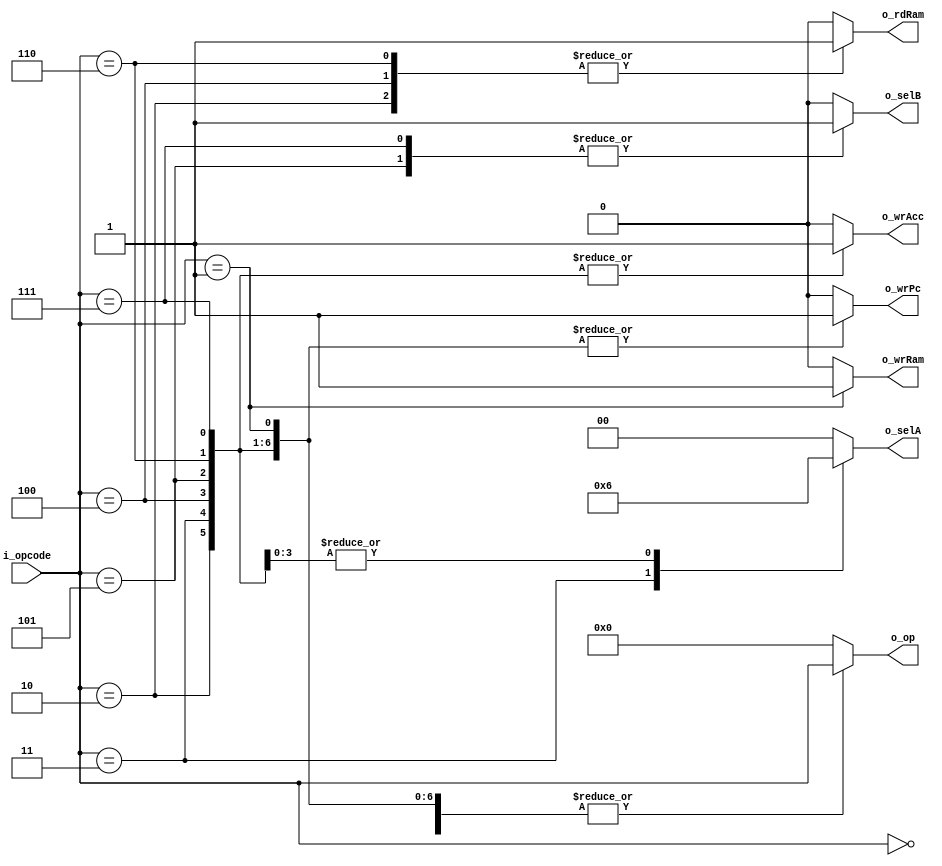
`timescale 1ns / 1ps
//////////////////////////////////////////////////////////////////////////////////
// Company: 
// Engineer: 
// 
// Design Name: 
// Module Name: instruction_decoder
// Project Name: 
// Target Devices: 
// Tool Versions: 
// Description: 
// 
// Dependencies: 
// 
// Revision:
// Revision 0.01 - File Created
// Additional Comments:
// 
//////////////////////////////////////////////////////////////////////////////////


module instruction_decoder
#(
    parameter NB_OPCODE = 5,
    parameter NB_DECODER_SEL_A = 2
)
(
    input [NB_OPCODE-1:0] i_opcode,
    output reg o_wrPc,
    output reg [NB_DECODER_SEL_A-1:0] o_selA,
    output reg o_selB,
    output reg o_wrAcc,
    output reg [NB_OPCODE-1:0] o_op,
    output reg o_wrRam,
    output reg o_rdRam
);
always @(*)
begin
    case(i_opcode)
        5'b00000: //Halt
        begin
            o_wrPc = 0;
            o_selA = 0;
            o_selB = 0;
            o_wrAcc = 0;
            o_op = i_opcode;
            o_wrRam = 0;
            o_rdRam = 0;
        end
        5'b00001: //Store Variable
        begin
           o_wrPc = 1; //Aumenta PC
           o_selA = 0; //No interesa dado que no esta habilitado escritura en ACC
           o_selB = 0;
           o_wrAcc = 0; //No se sobreescribe ACC
           o_op = i_opcode; //No realiza operacion
           o_wrRam = 1; 
           o_rdRam = 0;
        end
        5'b00010: //Load variable
        begin
           o_wrPc = 1; //Aumenta PC
           o_selA = 0; //Trae de memoria
           o_selB = 0;
           o_wrAcc = 1; //Sobreescribe ACC
           o_op = i_opcode;
           o_wrRam = 0;
           o_rdRam = 1; 
        end
        5'b00011: //Load immediate
        begin
           o_wrPc = 1; //Aumenta PC
           o_selA = 1; //Operando inmediato
           o_selB = 0;
           o_wrAcc = 1; //Sobreescribe ACC
           o_op = i_opcode;
           o_wrRam = 0;
           o_rdRam = 0;
        end
        5'b00100: //Add variable
        begin
           o_wrPc = 1;
           o_selA = 2; //Resultado operacion
           o_selB = 0; //Trae de memoria 
           o_wrAcc = 1; //Sobreescribe ACC
           o_op = i_opcode;
           o_wrRam = 0;
           o_rdRam = 1; //Leemos ram
        end
        5'b00101: //Add immediate
        begin
            o_wrPc = 1;
            o_selA = 2; //Resultado operacion
            o_selB = 1; //Dato inmediato
            o_wrAcc = 1; //Sobreescribe ACC
            o_op = i_opcode;
            o_wrRam = 0;
            o_rdRam = 0; 
        end
        5'b00110: //Subtract Variable
        begin
            o_wrPc = 1;
            o_selA = 2; //Resultado operacion
            o_selB = 0; //Dato inmediato
            o_wrAcc = 1; //Sobreescribe ACC
            o_op = i_opcode;
            o_wrRam = 0;
            o_rdRam = 1; 
        end
        5'b00111: //Substract immediate
        begin
            o_wrPc = 1;
            o_selA = 2; //Resultado operacion
            o_selB = 1; //Dato inmediato
            o_wrAcc = 1; //Sobreescribe ACC
            o_op = i_opcode;
            o_wrRam = 0;
            o_rdRam = 0; 
        end
        default:
        begin
            o_wrPc = 0;
            o_selA = 0;
            o_selB = 0;
            o_wrAcc = 0;
            o_op = 0;
            o_wrRam= 0;
            o_rdRam= 0;
        end
    endcase
end
endmodule